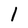
Character: 1